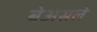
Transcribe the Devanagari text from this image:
बेअसले